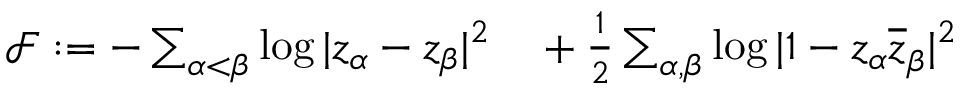
\begin{array} { r l } { \mathcal F : = - \sum _ { \alpha < \beta } \log | z _ { \alpha } - z _ { \beta } | ^ { 2 } } & { { } + \frac { 1 } { 2 } \sum _ { \alpha , \beta } \log | 1 - z _ { \alpha } \overline { { z } } _ { \beta } | ^ { 2 } } \end{array}